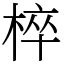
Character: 椊